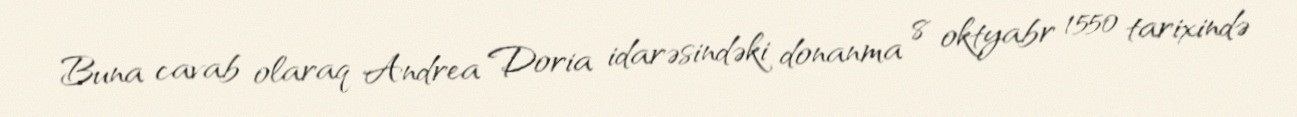
Buna cavab olaraq Andrea Doria idarəsindəki donanma 8 oktyabr 1550 tarixində